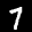
Label: 7